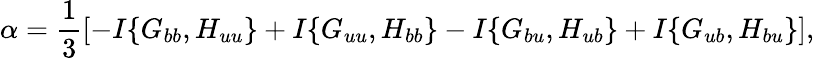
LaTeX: \alpha=\frac{1}{3}\left[{-I\{ {G_{bb},H_{uu}}\} +I\{ {G_{uu},H_{bb}}\} -I\{ {G_{bu},H_{ub}}\} +I\{ {G_{ub},H_{bu}}\} }\right],